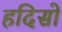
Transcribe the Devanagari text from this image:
हदिसो